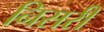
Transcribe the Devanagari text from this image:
निसरी